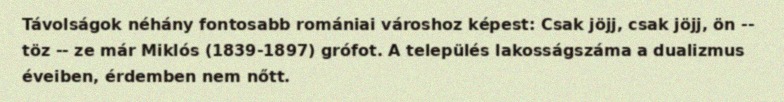
Távolságok néhány fontosabb romániai városhoz képest: Csak jöjj, csak jöjj, ön -- töz -- ze már Miklós (1839-1897) grófot. A település lakosságszáma a dualizmus éveiben, érdemben nem nőtt.